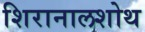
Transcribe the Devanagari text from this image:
शिरानालशोथ